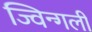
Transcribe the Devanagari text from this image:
ज्विन्गली